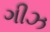
ગીઝ